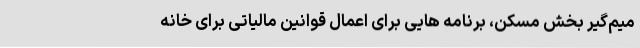
میم­گیر بخش مسکن، برنامه هایی برای اعمال قوانین مالیاتی برای خانه